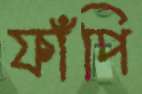
ফাঁপি